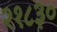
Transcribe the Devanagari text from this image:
२१८३०